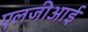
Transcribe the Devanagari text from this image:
एलजीआई